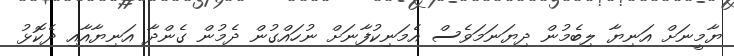
ޔާމީނަށް އަނިޔާ ލިބެމުން ދިޔަނަމަވެސް އެމަނިކުފާނަށް ނުހައްގުން ދެމުން ގެންދާ އަނިޔާއާއި ދެކޮޅު